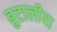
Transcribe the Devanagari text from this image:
बुटालीया